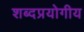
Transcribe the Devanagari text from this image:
शब्दप्रयोगीय